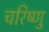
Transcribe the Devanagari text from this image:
चरिष्णु